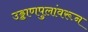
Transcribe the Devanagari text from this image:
उड्डाणपुलांवरून